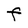
Character: F